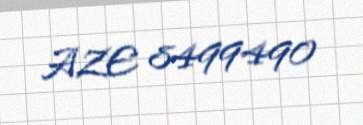
AZE 8499490